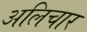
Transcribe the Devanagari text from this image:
अलिचार